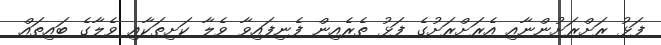
ފަޅު ރަށްރަށުންނާއި އެރަށްރަށުގެ ފަޅު ތެރެއިން ފެނިފައިވާ ވެލާ ކަށިތަކާއި ވެލާގެ ބައިތައް